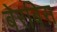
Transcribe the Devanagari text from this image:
बेरबिस